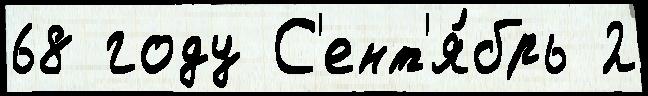
68 году С'ент'я́брь 2